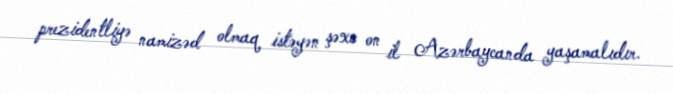
prezidentliyə namizəd olmaq istəyən şəxs on il Azərbaycanda yaşamalıdır.